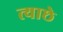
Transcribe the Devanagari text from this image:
त्याछे